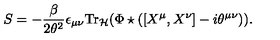
S = - \frac { \beta } { 2 \theta ^ { 2 } } \epsilon _ { \mu \nu } { \mathrm { T r } } _ { { \cal H } } ( \Phi \star ( [ X ^ { \mu } , X ^ { \nu } ] - i \theta ^ { \mu \nu } ) ) .